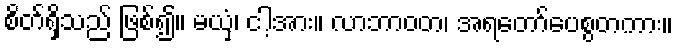
စိတ်ရှိသည် ဖြစ်၍။ မယှံ၊ ငါ့အား။ လာဘာဝတ၊ အရတော်ပေစွတကား။